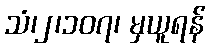
သံ၊၂၊၁၀၇၊ မှယူရန်